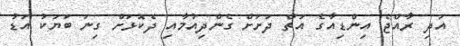
އަދި ރާއްޖެ އިންޑިއާގެ އަތް ދަށަށް ގެންދިއުމާއި ދެކޮޅަށް ގިނަ ބަޔަކު އަޑު